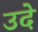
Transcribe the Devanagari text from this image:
उदे